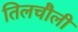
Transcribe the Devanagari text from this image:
तिलचौली